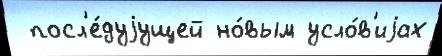
 посл'е́дуjущей но́вым усло́в'иjах